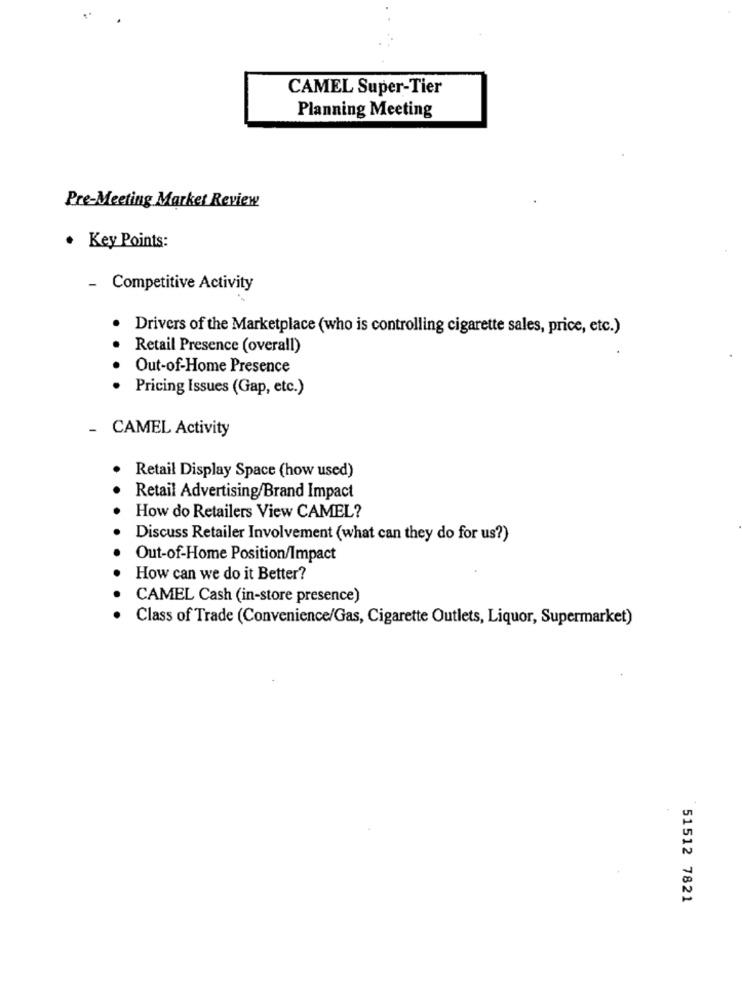
CAMEL Super-Tier
Planning Meeting
Pre-Meeting Market Review
. Key Points:
- Competitive Activity
Drivers of the Marketplace (who is controlling cigarette sales, price, etc.)
Retail Presence (overall)
Out-of-Home Presence
Pricing Issues (Gap, etc.)
CAMEL Activity
Retail Display Space (how used)
Retail Advertising/Brand Impact
How do Retailers View CAMEL?
Discuss Retailer Involvement (what can they do for us?)
Out-of-Home Position/Impact
How can we do it Better?
CAMEL Cash (in-store presence)
Class of Trade (Convenience/Gas, Cigarette Outlets, Liquor, Supermarket)
51512 7821